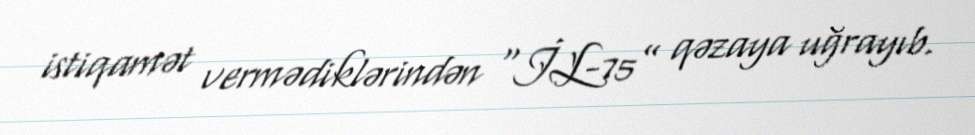
istiqamət vermədiklərindən “İL-75” qəzaya uğrayıb.